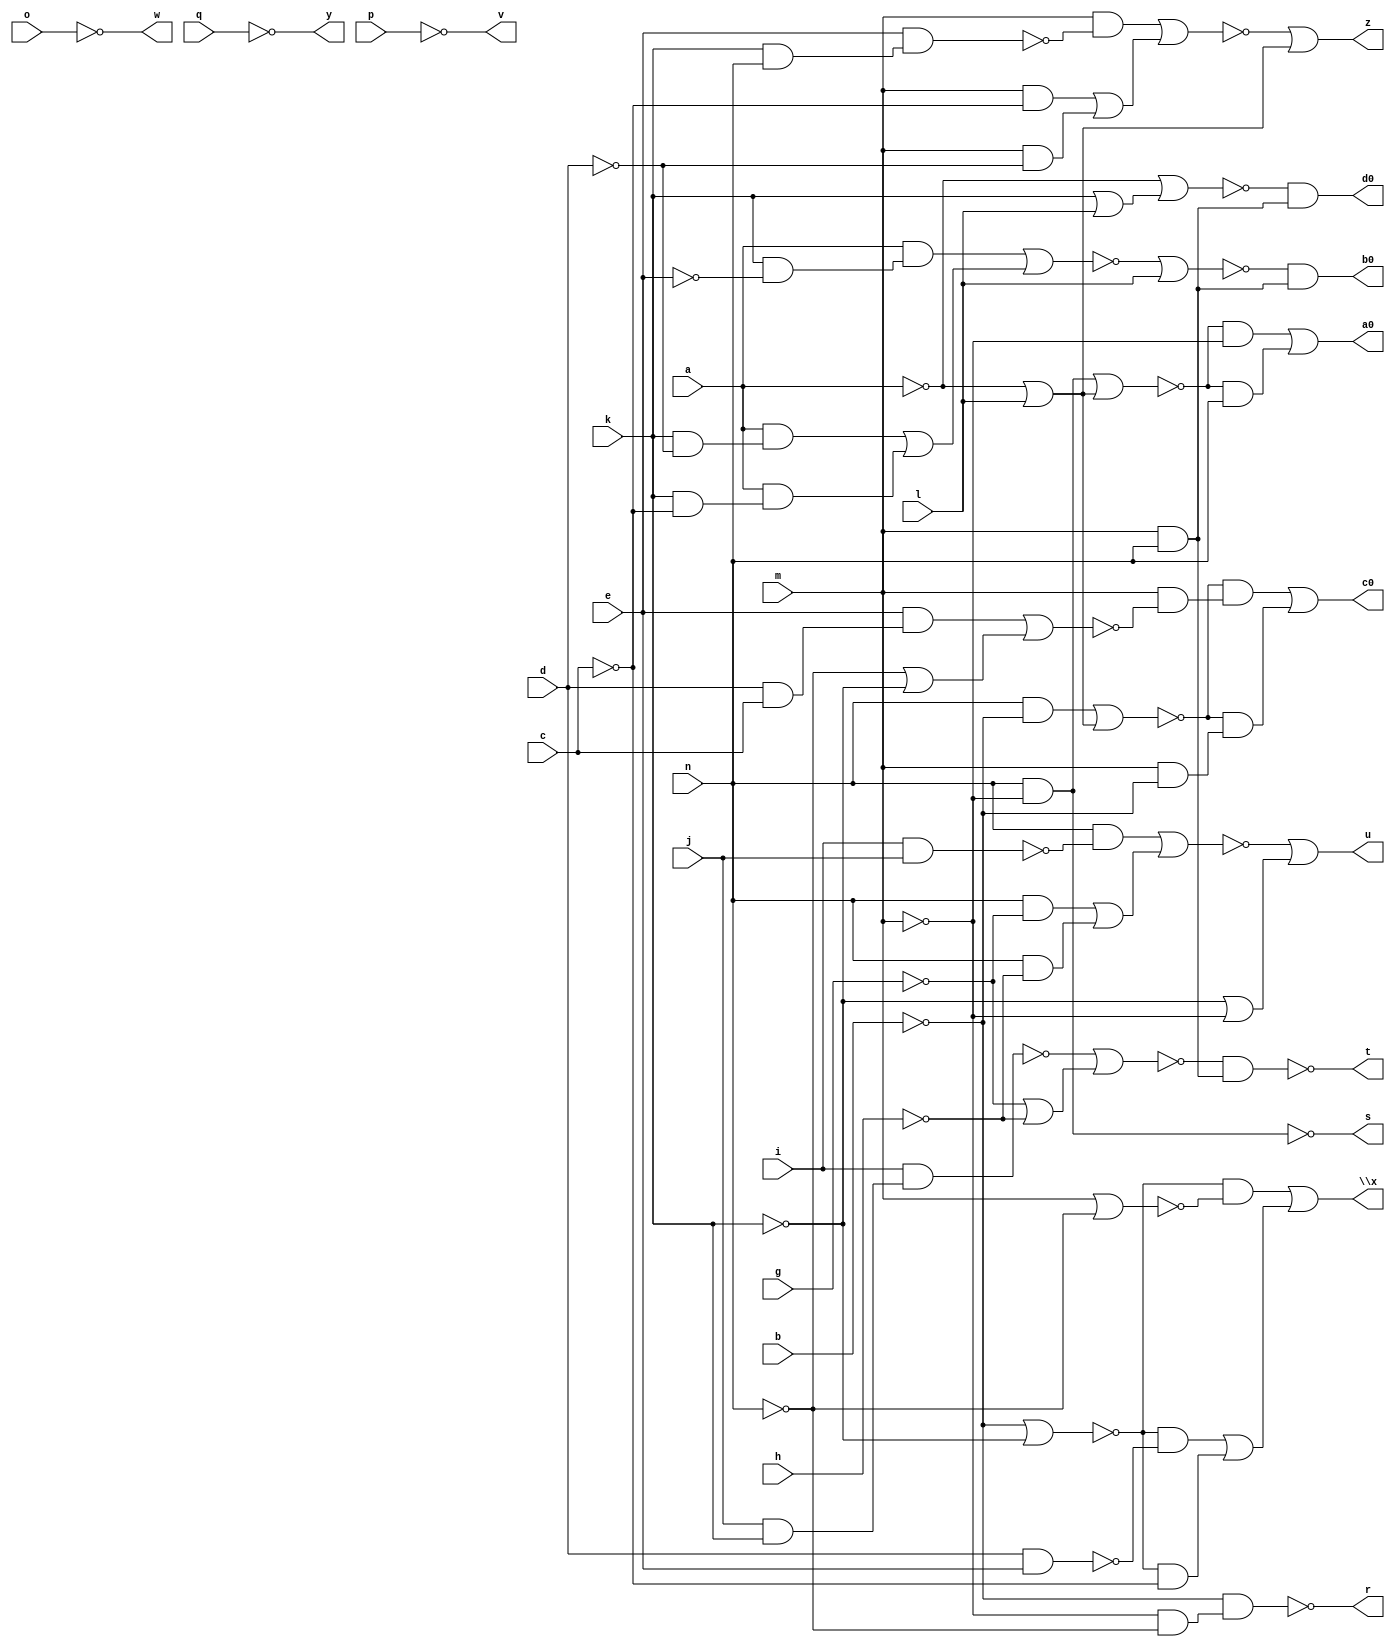
// IWLS benchmark module "pm1" printed on Wed May 29 17:28:07 2002
module pm1(a, b, c, d, e, g, h, i, j, k, l, m, n, o, p, q, r, s, t, u, v, w, \x , y, z, a0, b0, c0, d0);
input
  a,
  b,
  c,
  d,
  e,
  g,
  h,
  i,
  j,
  k,
  l,
  m,
  n,
  o,
  p,
  q;
output
  r,
  s,
  t,
  u,
  v,
  w,
  \x ,
  y,
  z,
  a0,
  b0,
  c0,
  d0;
wire
  k1,
  l1,
  m1,
  n1,
  o1,
  r1,
  s0,
  s1,
  \[0] ,
  a1,
  t0,
  t1,
  \[1] ,
  u1,
  \[2] ,
  v1,
  \[3] ,
  d1,
  \[4] ,
  e1,
  \[5] ,
  y0,
  \[6] ,
  z0,
  \[7] ,
  \[8] ,
  \[10] ,
  i1,
  \[9] ,
  \[11] ,
  \[12] ;
assign
  k1 = ~b & (~m & ~n),
  l1 = ~m & n,
  m1 = ~o1 | (~g | ~h),
  n1 = ~m1 & (m & n),
  o1 = i & (j & k),
  r = \[0] ,
  s = \[1] ,
  r1 = (n & ~s1) | ((n & ~g) | (n & ~h)),
  t = \[2] ,
  u = \[3] ,
  v = \[4] ,
  w = \[5] ,
  \x  = \[6] ,
  y = \[7] ,
  z = \[8] ,
  s0 = (m & ~t0) | ((m & ~c) | (m & ~d)),
  s1 = i & j,
  \[0]  = ~k1,
  a0 = \[9] ,
  a1 = (a & (k & ~e)) | ((a & (k & ~d)) | (a & (k & ~c))),
  t0 = e & (k & n),
  t1 = d & e,
  \[1]  = ~l1,
  b0 = \[10] ,
  u1 = m | ~n,
  \[2]  = ~n1,
  c0 = \[11] ,
  v1 = ~b | ~k,
  \[3]  = ~r1 | (~k | ~m),
  d0 = \[12] ,
  d1 = (e & (d & c)) | (~n | ~k),
  \[4]  = ~p,
  e1 = (n & ~b) | (~a | l),
  \[5]  = ~o,
  y0 = (n & ~m) | (~a | l),
  \[6]  = (~v1 & ~u1) | ((~v1 & ~t1) | (~v1 & ~c)),
  z0 = ~a1 | l,
  \[7]  = ~q,
  \[8]  = ~s0 | (l | ~a),
  \[10]  = ~z0 & (m & n),
  i1 = ~a | (k | l),
  \[9]  = (~y0 & ~m) | (~y0 & n),
  \[11]  = (~e1 & (m & ~d1)) | (~e1 & (m & ~b)),
  \[12]  = ~i1 & (m & n);
endmodule